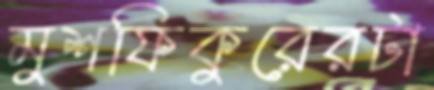
মুশফিকুরেরটা